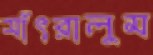
সাঁৎরালুম